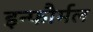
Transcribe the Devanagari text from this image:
इन्फौर्मल